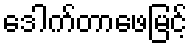
ဒေါက်တာဖေမြင့်